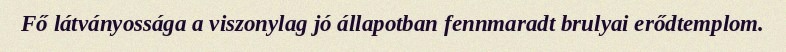
Fő látványossága a viszonylag jó állapotban fennmaradt brulyai erődtemplom.